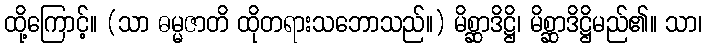
ထို့ကြောင့်။ (သာ ဓမ္မဇာတိ ထိုတရားသဘောသည်။) မိစ္ဆာဒိဋ္ဌိ၊ မိစ္ဆာဒိဋ္ဌိမည်၏။ သာ၊